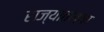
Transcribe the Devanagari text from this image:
राज्‍यातल्‍या